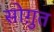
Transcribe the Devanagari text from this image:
सोग़ुत